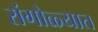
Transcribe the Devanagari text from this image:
रांगोळ्यात